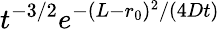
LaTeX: t^{-3/2}e^{-(L-r_{0})^{2}/(4Dt)}